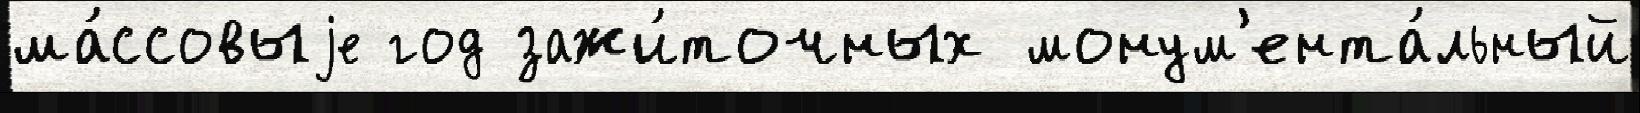
ма́ссовыjе год зажи́точных монум'ента́льный